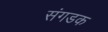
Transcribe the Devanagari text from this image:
संगडक